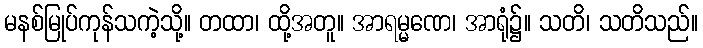
မနစ်မြုပ်ကုန်သကဲ့သို့။ တထာ၊ ထို့အတူ။ အာရမ္မဏေ၊ အာရုံ၌။ သတိ၊ သတိသည်။